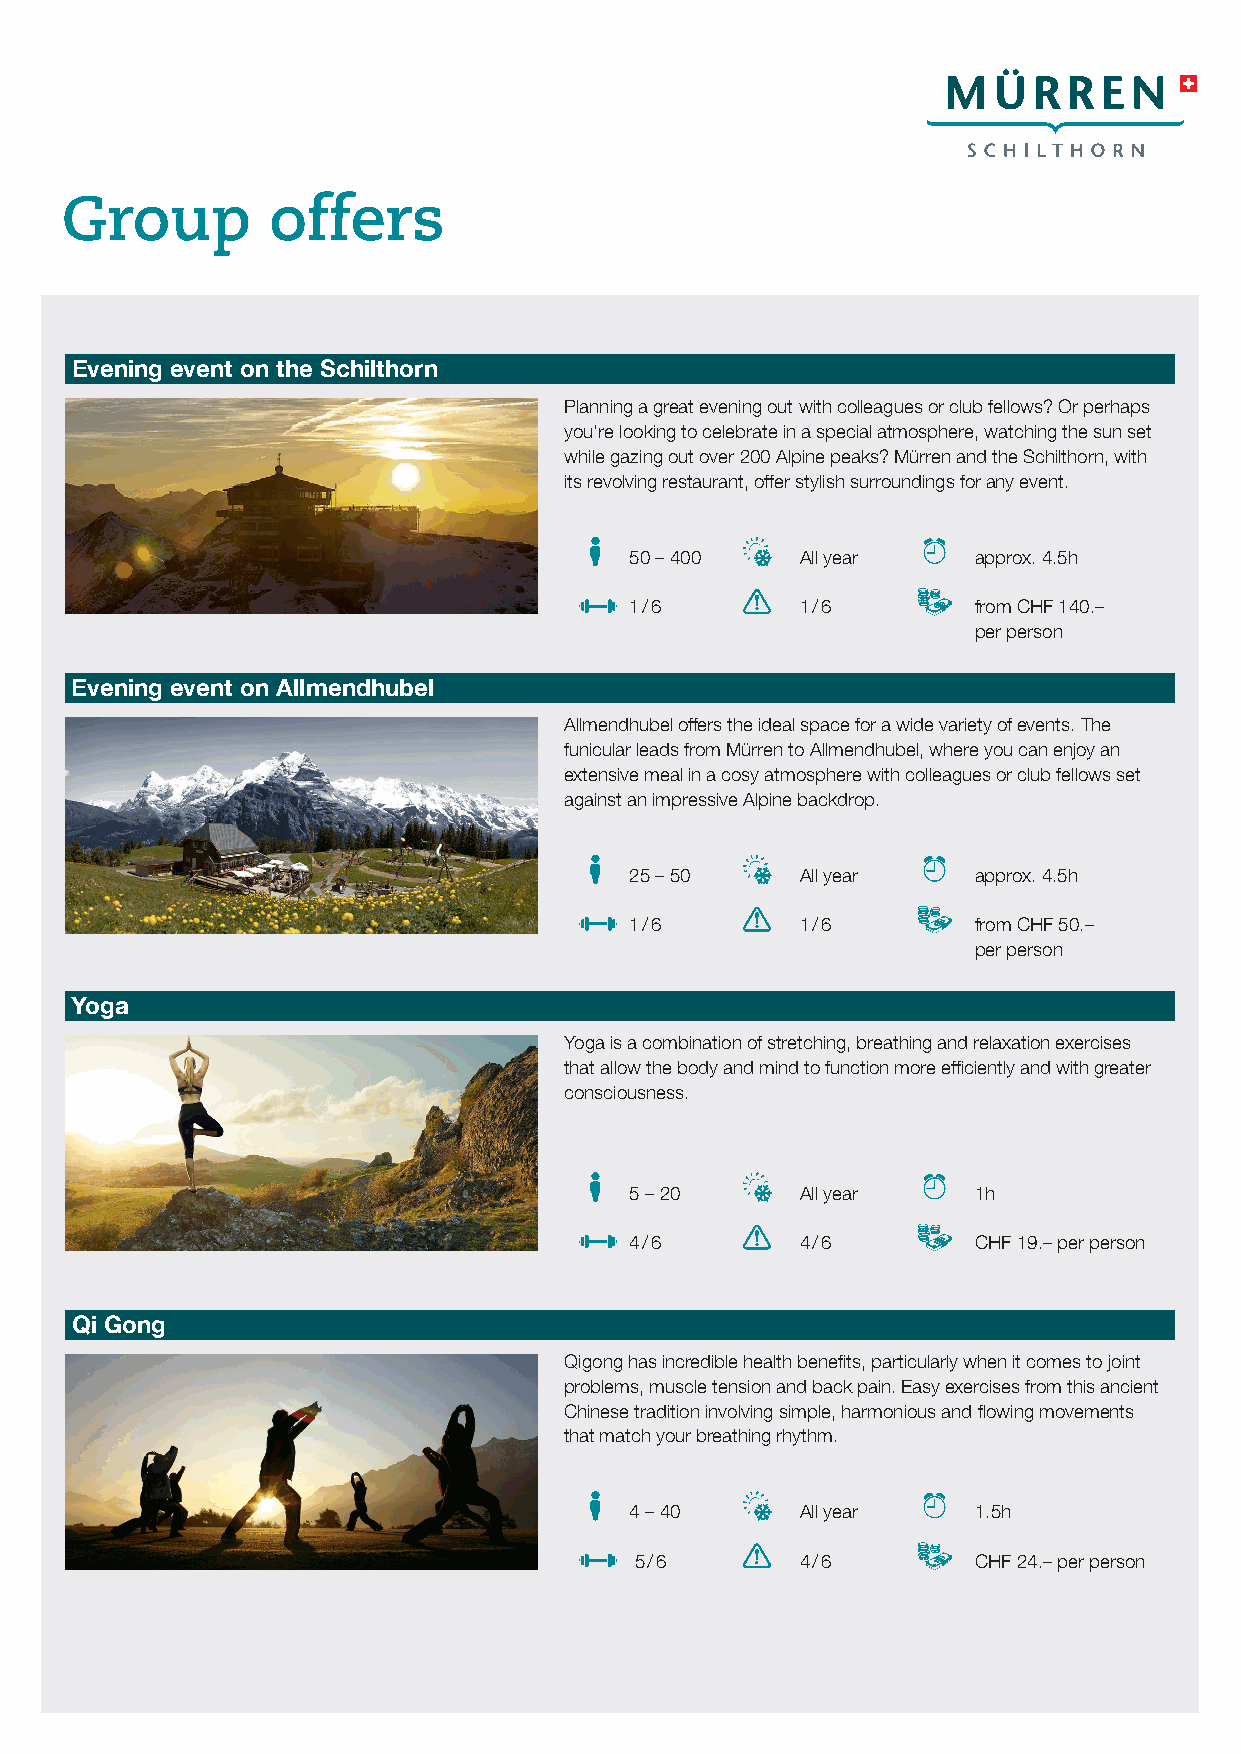
Group         offers
 Evening event on the Schilthorn
 Planning a great evening out with colleagues or club fellows? Or perhaps
 you‘re looking to celebrate in a special atmosphere, watching the sun set
 while gazing out over 200 Alpine peaks? Mürren and the Schilthorn, with
 its revolving restaurant, offer stylish surroundings for any event.
 50 – 400   All year    approx. 4.5h
 1 / 6      1 / 6       from CHF 140.–
 per person
 Evening event on Allmendhubel
 Allmendhubel offers the ideal space for a wide variety of events. The
 funicular leads from Mürren to Allmendhubel, where you can enjoy an
 extensive meal in a cosy atmosphere with colleagues or club fellows set
 against an impressive Alpine backdrop.
 25 – 50    All year    approx. 4.5h
 1 / 6      1 / 6       from CHF 50.–
 per person
 Yoga
 Yoga is a combination of stretching, breathing and relaxation exercises
 that allow the body and mind to function more efficiently and with greater
 consciousness.
 5 – 20     All year    1h
 4 / 6      4 / 6       CHF 19.– per person
 Qi Gong
 Qigong has incredible health benefits, particularly when it comes to joint
 problems, muscle tension and back pain. Easy exercises from this ancient
 Chinese tradition involving simple, harmonious and flowing movements
 that match your breathing rhythm.
 4 – 40     All year    1.5h
 5 / 6      4 / 6       CHF 24.– per person